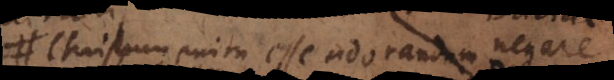
Christum enim esse adorandum negare